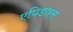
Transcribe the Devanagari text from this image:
एपिडारस